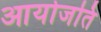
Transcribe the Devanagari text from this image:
आयोजति